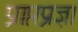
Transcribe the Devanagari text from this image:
प्राप्तप्रज्ञा